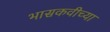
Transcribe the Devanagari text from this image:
भासकवीच्या